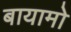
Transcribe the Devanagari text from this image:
बायामो